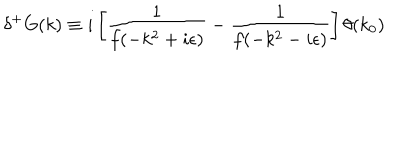
\delta ^ { + } G ( k ) \equiv i \left[ \frac { 1 } { f ( - k ^ { 2 } + i \epsilon ) } - \frac { 1 } { f ( - k ^ { 2 } - i \epsilon ) } \right] \theta ( k _ { 0 } )